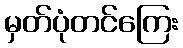
မှတ်ပုံတင်ကြေး